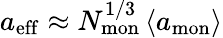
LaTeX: {a_{\mathrm{eff}}\approx N_{\mathrm{mon}}^{1/3}\left<a_{\mathrm{mon}}\right>}